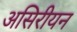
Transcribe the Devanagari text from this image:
असिरीयन